Plague in India, 1896, 1897 - Volume 3
Year: 1896
Disease focus: Plague
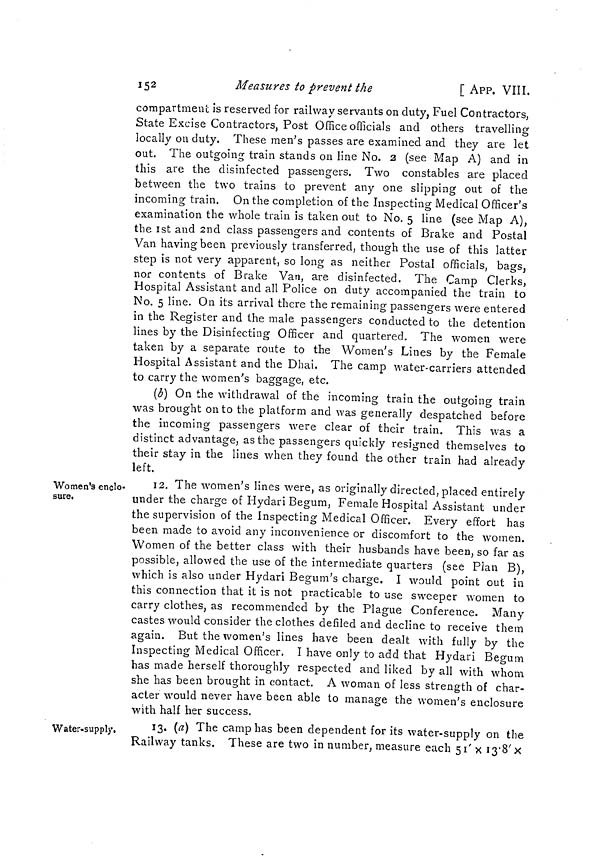
152
Measures to prevent the
[ APP. VIII.
compartment is reserved for railway servants on duty, Fuel Contractors,
State Excise Contractors, Post Office oficiáis and others travelling
locally on duty. These men's passes are examined and they are let
out. The outgoing train stands on line No. 2 (see Map A) and in
this are the disinfected passengers. Two constables are placed
between the two trains to prevent any one slipping out of the
incoming train. On the completion of the Inspecting Medical Officer's
examination the whole train is taken out to No. 5 line (see Map A),
the 1st and 2nd class passengers and contents of Brake and Postal
Van having been previously transferred, though the use of this latter
step is not very apparent, so long as neither Postal officials, bags,
nor contents of Brake Van, are disinfected. The Camp Clerks,
Hospital Assistant and all Police on duty accompanied the train to
No. 5 line. On its arrival there the remaining passengers were entered
in the Register and the male passengers conducted to the detention
lines by the Disinfecting Officer and quartered. The women were
taken by a separate route to the Women's Lines by the Female
Hospital Assistant and the Dhai. The camp water-carriers attended
to carry the women's baggage, etc.
(b) On the withdrawal of the incoming train the outgoing train
was brought on to the platform and was generally despatched before
the incoming passengers were clear of their train. This was a
distinct advantage, as the passengers quickly resigned themselves to
their stay in the lines when they found the other train had already
left.
Women's enclo-
sure.
12. The women's lines were, as originally directed, placed entirely
under the charge of Hydari Begum, Female Hospital Assistant under
the supervision of the Inspecting Medical Officer. Every effort has
been made to avoid any inconvenience or discomfort to the women.
Women of the better class with their husbands have been, so far as
possible, allowed the use of the intermediate quarters (see Pian B),
which is also under Hydari Begum's charge. I would point out in
this connection that it is not practicable to use sweeper women to
carry clothes, as recommended by the Plague Conference. Many
castes would consider the clothes defiled and decline to receive them
again. But the women's lines have been dealt with fully by the
Inspecting Medical Officer. I have only to add that Hydari Begum
has made herself thoroughly respected and liked by all with whom
she has been brought in contact. A woman of less strength of char-
acter would never have been able to manage the women's enclosure
with half her success.
Water-supply.
13. (a) The camp has been dependent for its water-supply on the
Railway tanks. These are two in number, measure each 51' x 13.8'x